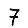
Digit: 7